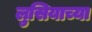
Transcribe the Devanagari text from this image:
लुसियाच्या